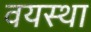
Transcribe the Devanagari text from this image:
वयस्था